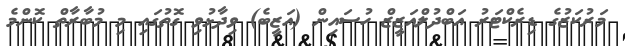
މަރުކަޒުގެ ޑިރެކްޓަރު އަބްދުލްއަޒީޒް ހުސައިން (އަޒީބެ) ވިދާޅުވި ގޮތުގައި މި މުބާރާތް ކޮންމެ